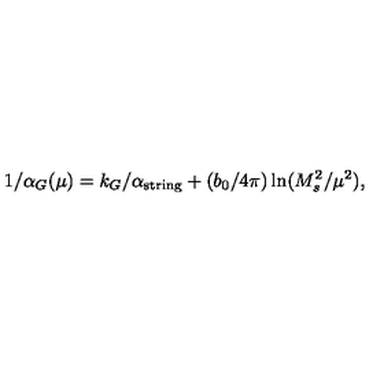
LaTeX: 1 / \alpha _ { G } ( \mu ) = k _ { G } / \alpha _ { \mathrm { s t r i n g } } + ( { b _ { 0 } / { 4 \pi } } ) \ln ( { M _ { s } ^ { 2 } / \mu ^ { 2 } } ) ,